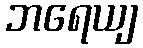
ဘရေယျ